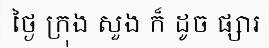
ថ្ងៃ ក្រុង សួង ក៏ ដូច ផ្សារ